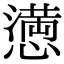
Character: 𢡛